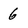
Character: 6